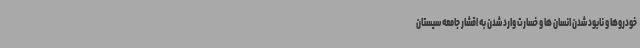
خودروها و نابود شدن انسان ها و خسارت وارد شدن به اقشار جامعه سیستان